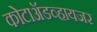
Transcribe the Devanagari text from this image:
कोटाॲडव्हायजर